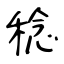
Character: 稔